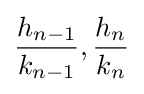
{\frac {h_{n-1}}{k_{n-1}}},{\frac {h_{n}}{k_{n}}}